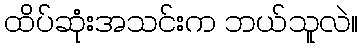
ထိပ်ဆုံးအသင်းက ဘယ်သူလဲ။